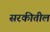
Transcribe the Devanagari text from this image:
सरकीतील